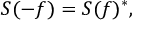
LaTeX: S ( - f ) = S ( f ) ^ { * } ,